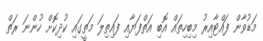
މަޑުވާން ފައްޓާއިރު މިބިހިތައް އޮބި އަތްފަޔާއި ފައިތިލަ މަތީގައި ކުދިކޮށް ހުންނަ ރަތް